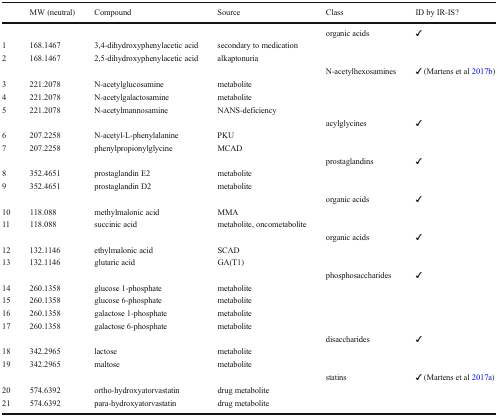
|  | MW (neutral) | Compound | Source | Class | ID by IR-IS? |
 | --- | --- | --- | --- | --- | --- |
 |  |  |  |  | organic acids | ✓ |
 | 1 | 168.1467 | 3,4-dihydroxyphenylacetic acid | secondary to medication |  |  |
 | 2 | 168.1467 | 2,5-dihydroxyphenylacetic acid | alkaptonuria |  |  |
 |  |  |  |  | N-acetylhexosamines | ✓ (Martens et al 2017b) |
 | 3 | 221.2078 | N-acetylglucosamine | metabolite |  |  |
 | 4 | 221.2078 | N-acetylgalactosamine | metabolite |  |  |
 | 5 | 221.2078 | N-acetylmannosamine | NANS-deficiency |  |  |
 |  |  |  |  | acylglycines | ✓ |
 | 6 | 207.2258 | N-acetyl-L-phenylalanine | PKU |  |  |
 | 7 | 207.2258 | phenylpropionylglycine | MCAD |  |  |
 |  |  |  |  | prostaglandins | ✓ |
 | 8 | 352.4651 | prostaglandin E2 | metabolite |  |  |
 | 9 | 352.4651 | prostaglandin D2 | metabolite |  |  |
 |  |  |  |  | organic acids | ✓ |
 | 10 | 118.088 | methylmalonic acid | MMA |  |  |
 | 11 | 118.088 | succinic acid | metabolite, oncometabolite |  |  |
 |  |  |  |  | organic acids | ✓ |
 | 12 | 132.1146 | ethylmalonic acid | SCAD |  |  |
 | 13 | 132.1146 | glutaric acid | GA(T1) |  |  |
 |  |  |  |  | phosphosaccharides | ✓ |
 | 14 | 260.1358 | glucose 1-phosphate | metabolite |  |  |
 | 15 | 260.1358 | glucose 6-phosphate | metabolite |  |  |
 | 16 | 260.1358 | galactose 1-phosphate | metabolite |  |  |
 | 17 | 260.1358 | galactose 6-phosphate | metabolite |  |  |
 |  |  |  |  | disaccharides | ✓ |
 | 18 | 342.2965 | lactose | metabolite |  |  |
 | 19 | 342.2965 | maltose | metabolite |  |  |
 |  |  |  |  | statins | ✓ (Martens et al 2017a) |
 | 20 | 574.6392 | ortho-hydroxyatorvastatin | drug metabolite |  |  |
 | 21 | 574.6392 | para-hydroxyatorvastatin | drug metabolite |  |  |